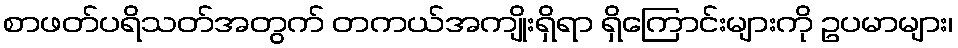
စာဖတ်ပရိသတ်အတွက် တကယ်အကျိုးရှိရာ ရှိကြောင်းများကို ဥပမာများ၊